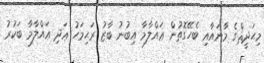
މިޙަދީޘްގެ މާނައާއި ބެހޭގޮތުން ޢައްލާމާ އިބުނު ބާޒު ރަޙިމަހު ޢަދި ޢައްލާމާ ބަކުރު